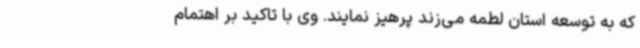
که به توسعه استان لطمه می‌زند پرهیز نمایند. وی با تاکید بر اهتمام